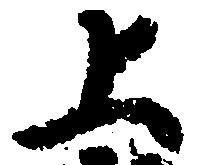
上